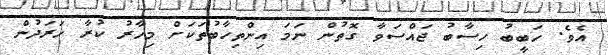
އެވެ. ހަބީބު ހިސާބު ޖައްސަވާ ގޮތުން ނަމަ އިންތިހާބުތަކަށް މިހާރު ކުރާ ހަރަދުން